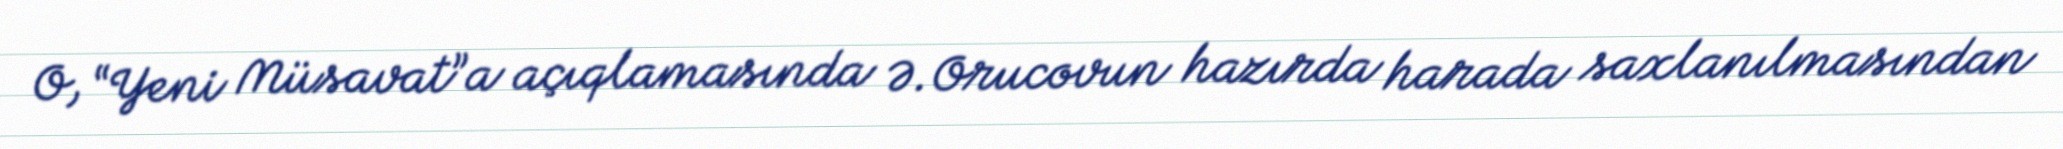
O, “Yeni Müsavat”a açıqlamasında Ə.Orucovun hazırda harada saxlanılmasından